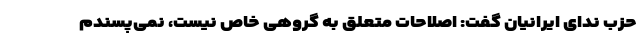
حزب ندای ایرانیان گفت: اصلاحات متعلق به گروهی خاص نیست، نمی‌پسندم